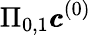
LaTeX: \Pi_{0,1}\pmb{c}^{(0)}